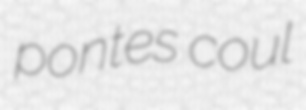
pontes coul